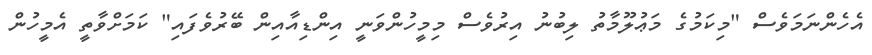
އެހެންނަމަވެސް "މިކަމުގެ މަޢުލޫމާތު ލިބުނު އިރުވެސް މިމީހުންވަނީ އިންޑިއާއިން ބޭރުވެފައި" ކަމަށްވާތީ އެމީހުން